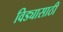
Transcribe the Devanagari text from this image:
विड्यासाठी